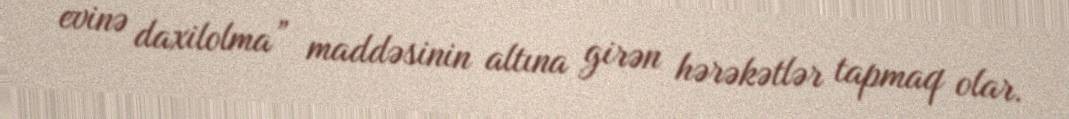
evinə daxilolma” maddəsinin altına girən hərəkətlər tapmaq olar.